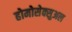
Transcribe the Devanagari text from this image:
होमोसेक्सुअल